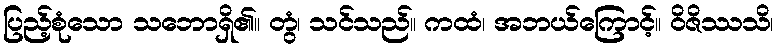
ပြည့်စုံသော သဘောရှိ၏။ တွံ၊ သင်သည်။ ကထံ၊ အဘယ်ကြောင့်။ ဝိဇိဿသိ၊